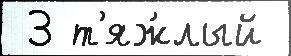
 3 т'яж́лый